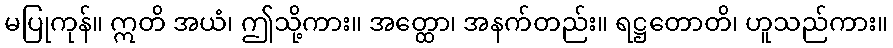
မပြုကုန်။ ဣတိ အယံ၊ ဤသို့ကား။ အတ္ထော၊ အနက်တည်း။ ရဋ္ဌတောတိ၊ ဟူသည်ကား။